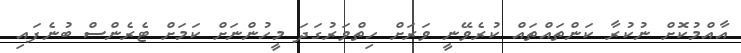
އާއްމުކޮށް ނުކުރާ ކަންތައްތައް ކުރެވޭނީ ވަރަށް ހިތްވަރުގަދަ މީހުންނަށް ކަމަށް ޓެރެންސް ބުނެފައި